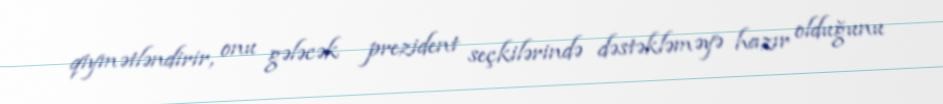
qiymətləndirir, onu gələcək prezident seçkilərində dəstəkləməyə hazır olduğunu